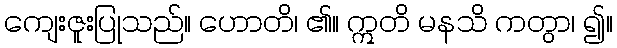
ကျေးဇူးပြုသည်။ ဟောတိ၊ ၏။ ဣတိ မနသိ ကတွာ၊ ၍။